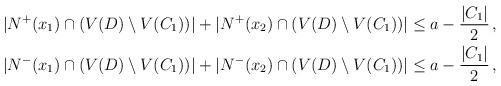
LaTeX: \begin{align*}|N^+(x_1)\cap (V(D)\setminus V(C_1))|+|N^+(x_2)\cap (V(D)\setminus V(C_1))|&\leq a-\frac{|C_1|}{2}\,,\\|N^-(x_1)\cap (V(D)\setminus V(C_1))|+|N^-(x_2)\cap (V(D)\setminus V(C_1))|&\leq a-\frac{|C_1|}{2}\,,\end{align*}